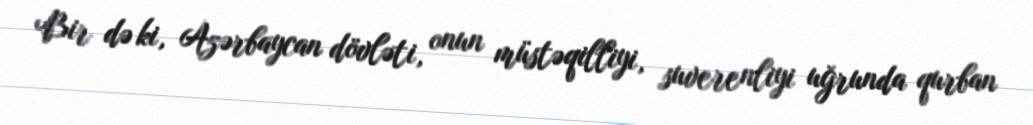
Bir də ki, Azərbaycan dövləti, onun müstəqilliyi, suverenliyi uğrunda qurban